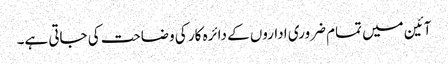
آئین میں تمام ضروری اداروں کے دائرہ کار کی وضاحت کی جاتی ہے۔